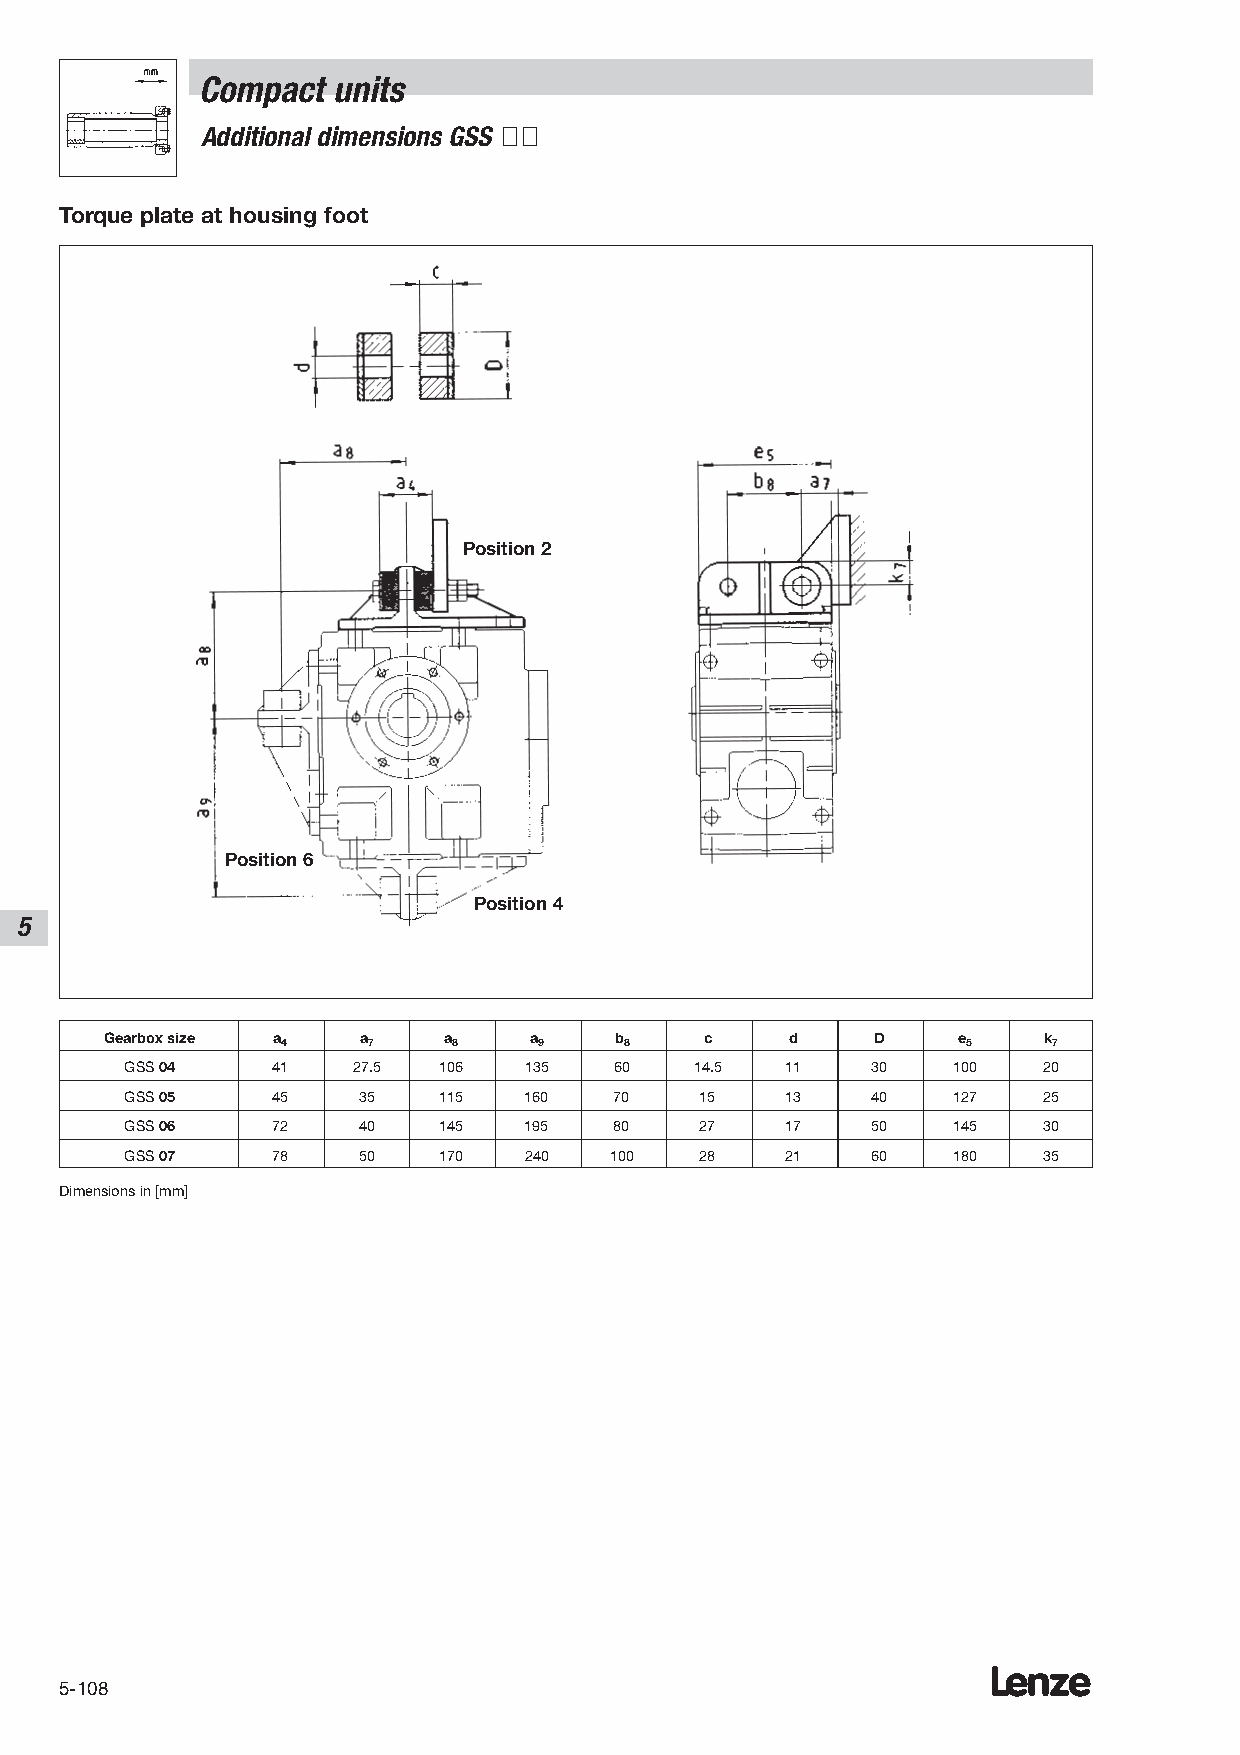
Compact  units
 Additional dimensions GSS ÇÇ
 Torque plate at housing foot
 Position 2
 Position 6
 Position 4
 5
 Gearbox size a   a    a     a     b     c    d     D    e     k
 4    7     8     9    8                      5     7
 GSS04     41   27.5  106   135   60   14.5  11    30   100   20
 GSS05     45    35   115   160   70   15    13    40   127   25
 GSS06     72    40   145   195   80   27    17    50   145   30
 GSS07     78    50   170   240  100   28    21    60   180   35
 Dimensions in [mm]
 Lenze
 5-108